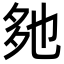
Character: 𡖐